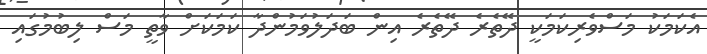
އެކަމަކު މަސްވެރިކަމަކީ ދޭތެރެ ދޭތެރެ އިން ބަދަލުވަމުންދާ ކަމަކަށް ވާތީ މަސް ލިބުމުގައި